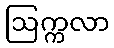
ဩက္ကလာ